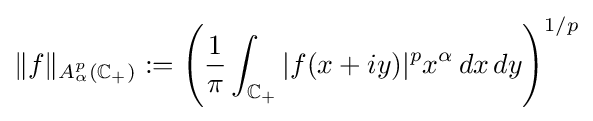
\|f\|_{A_{\alpha }^{p}(\mathbb {C} _{+})}:=\left({\frac {1}{\pi }}\int _{\mathbb {C} _{+}}|f(x+iy)|^{p}x^{\alpha }\,dx\,dy\right)^{1/p}